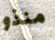
منذو